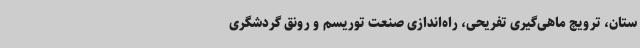
ستان‌، ترویج ماهی‌گیری تفریحی، راه‌اندازی صنعت توریسم و رونق گردشگری